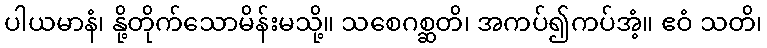
ပါယမာနံ၊ နို့တိုက်သောမိန်းမသို့။ သစေဂစ္ဆတိ၊ အကပ်၍ကပ်အံ့။ ဧဝံ သတိ၊